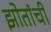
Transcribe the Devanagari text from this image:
झोतांची